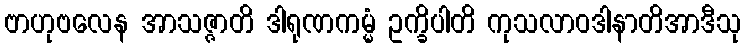
ဗာဟုဗလေန အာသဇ္ဇာတိ ဒါရုဏကမ္မံ ဥက္ခိပါတိ ကုသလာဝဒါနာတိအာဒီသု